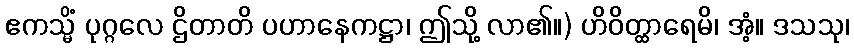
ဧကသ္မိံ ပုဂ္ဂလေ ဌိတာတိ ပဟာနေကဋ္ဌာ၊ ဤသို့ လာ၏။) ဟိဝိတ္ထာရေမိ၊ အံ့။ ဒသသု၊